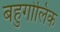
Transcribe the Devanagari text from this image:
बहुगोलिक